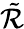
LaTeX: \tilde{\cal R}